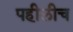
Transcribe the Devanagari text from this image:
पहीलीच